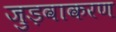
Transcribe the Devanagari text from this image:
जुड़वाकरण